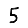
Digit: 5